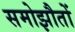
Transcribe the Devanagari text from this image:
समोझौतों